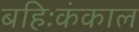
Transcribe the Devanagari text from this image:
बहिःकंकाल